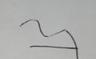
Signature authenticity: forged